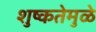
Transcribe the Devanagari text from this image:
शुष्कतेमुळे